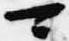
可